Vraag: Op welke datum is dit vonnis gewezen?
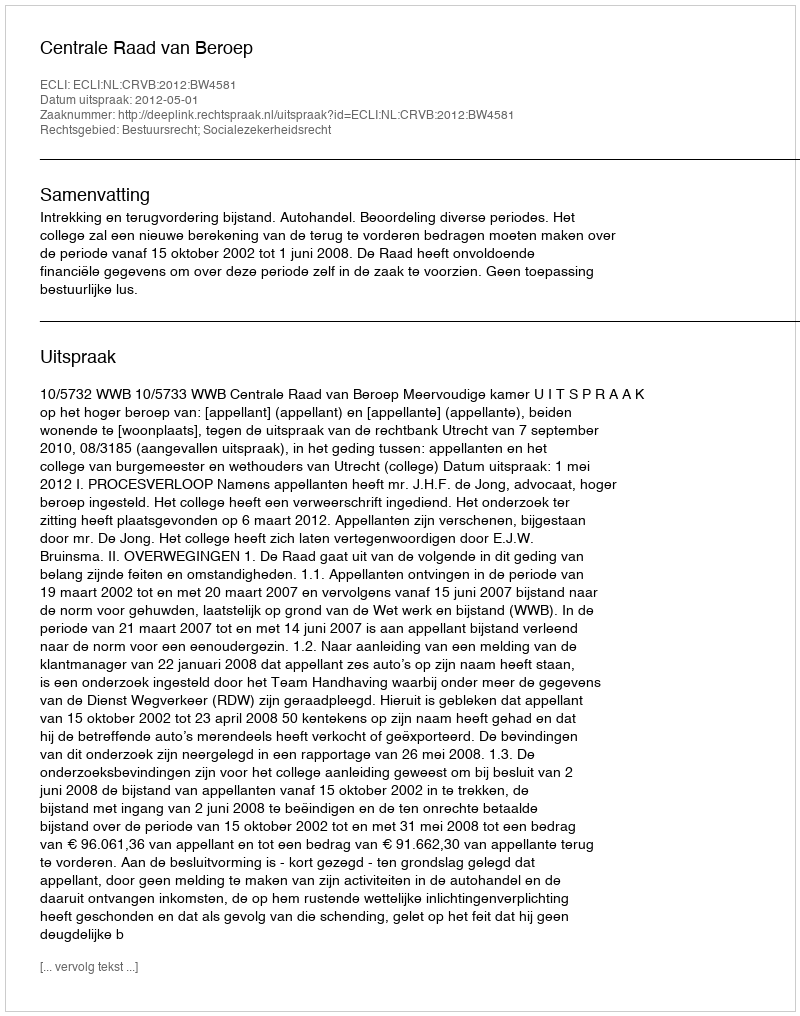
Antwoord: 2012-05-01